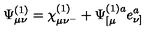
\Psi _ { \mu \nu } ^ { ( 1 ) } = \chi _ { \mu \nu ^ { - } } ^ { ( 1 ) } + \Psi _ { [ \mu } ^ { ( 1 ) a } e _ { \nu ] } ^ { a }